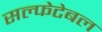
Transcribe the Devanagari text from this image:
सल्फेटेबल